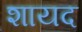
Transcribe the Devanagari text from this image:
शायद